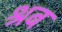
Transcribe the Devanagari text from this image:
श्रब